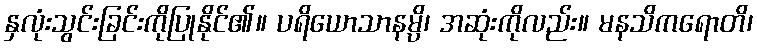
နှလုံးသွင်းခြင်းကိုပြုနိုင်၏။ ပရိယောသာနမ္ပိ၊ အဆုံးကိုလည်း။ မနသိကရောတိ၊